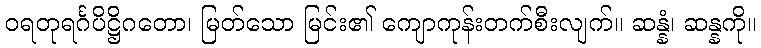
ဝရတုရင်္ဂပိဋ္ဌိဂတော၊ မြတ်သော မြင်း၏ ကျောကုန်းတက်စီးလျက်။ ဆန္နံ၊ ဆန္နကို။